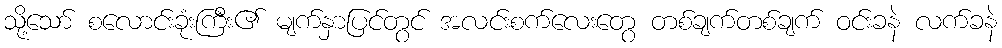
သို့သော် စလောင်းခုံးကြီး၏ မျက်နှာပြင်တွင် အလင်းစက်လေးတွေ တစ်ချက်တစ်ချက် ဝင်းခနဲ လက်ခနဲ